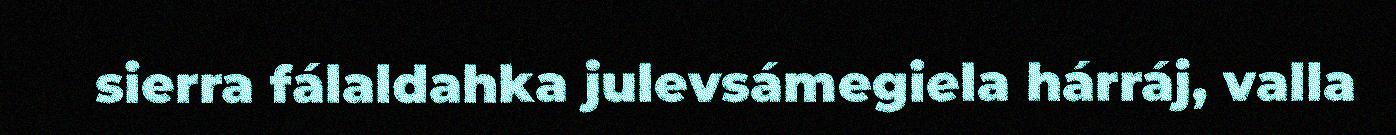
sierra fálaldahka julevsámegiela hárráj, valla